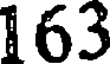
163